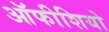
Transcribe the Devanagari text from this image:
ऑफीशियो